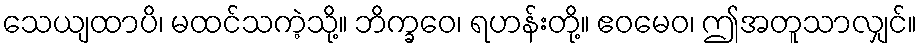
သေယျထာပိ၊ မထင်သကဲ့သို့။ ဘိက္ခဝေ၊ ရဟန်းတို့။ ဧဝမေဝ၊ ဤအတူသာလျှင်။